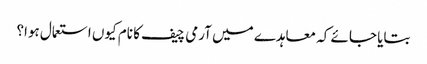
بتایا جائے کہ معاہدے میں آرمی چیف کا نام کیوں استعمال ہوا؟